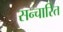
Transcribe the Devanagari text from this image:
सन्चारित